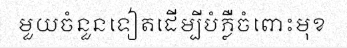
មួយចំនួនទៀតដើម្បីបំភ្លឺចំពោះមុខ